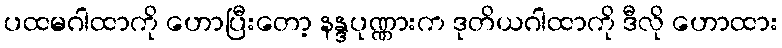
ပထမဂါထာကို ဟောပြီးတော့ နန္ဒပုဏ္ဏားက ဒုတိယဂါထာကို ဒီလို ဟောထား